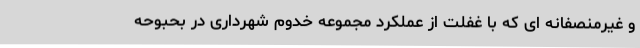
و غیرمنصفانه ای که با غفلت از عملکرد مجموعه خدوم شهرداری در بحبوحه